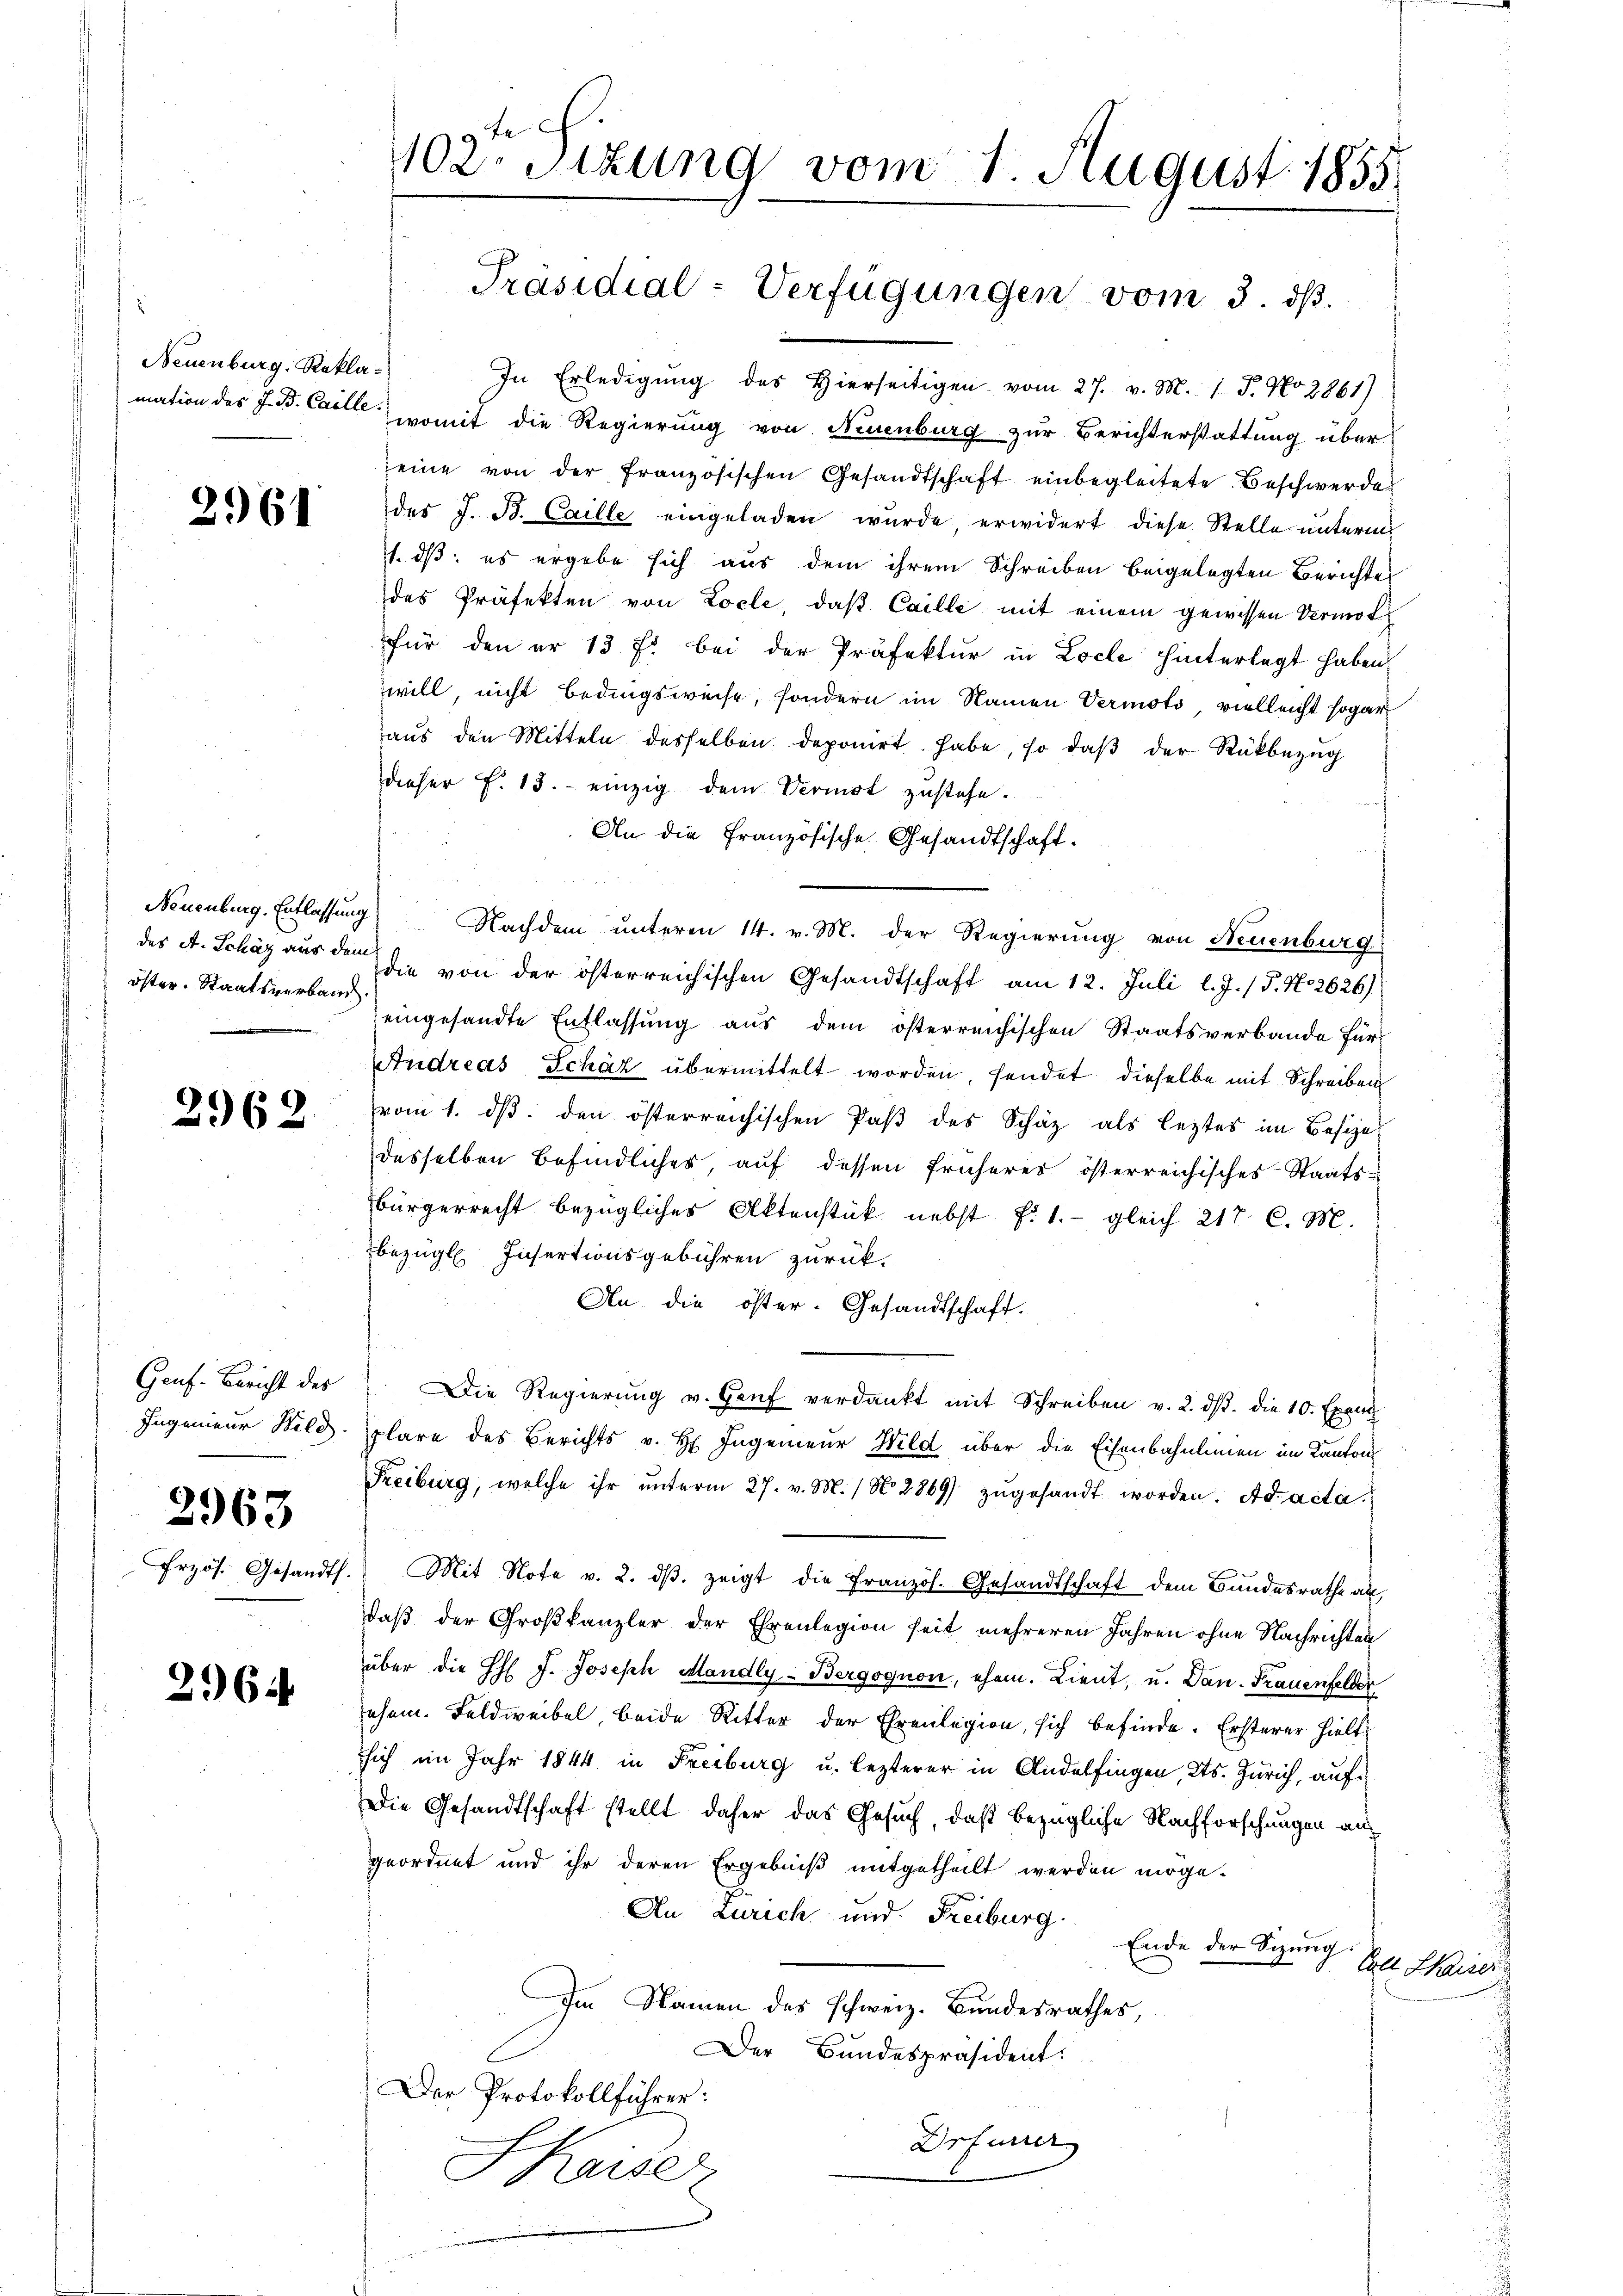
Neuenburg. Rekla¬

2961

öster. Staatsverband.

2962.

Genf. Bericht des
Ingenieur Bild.

Przös. Gesandts.

2963

2964

102. Sitzung vom 1. August 1855

Präsidial-Verfügungen vom 3. ds.

In Erledigŭng des Hierseitigen vom 27. v. M. 1. P. No 2861).
mation des J. B. Carl womit die Regierung von Neuenburg zur Berichterstattung über-
eine von der französischen Gesandtschaft einbegleitete Beschwerde
des J. B. Caille eingeladen wurde, erwidert diese Stelle unterm
1. dß es ergebe sich aus dem ihrem Schreiben beigelegten Berichtes
des Präfekten von Locle, daß Caille mit einem gewissen Vermögfür den er 13 f. bei der Präfektur in Locle hinterlegt haben
will, nicht bedingsweise, sondern im Namen Vermots, vielleicht sogar
aŭs den Mitteln desselben deponirt habe, so daβ der Rückbezug
dieser f. 13. einzig dem Vermot zustehe.
An die Französische Gesandtschaft.
Neuenburg. Entlassung Nachdem unteren 14. v. M. der Regierung von Neuenburg
des A. Schaz aus der die von der österreichischen Gesandtschaft am 12. Juli l. J. / 5. No 2626)
eingesandte Entlassung aus dem österreichischen Staatsverbande für
Andreas Schäz übermittelt worden, sendet dieselbe mit Schreiben
vom 1. ds. den österreichischen Paß des Schäz als leztes im Besizedesselben befindlicher, auf dessen früheres österreichisches Staatsbürgerrecht bezügliches Aktenstük nebst f. 1. gleich 217 C. M.
bezügl. Insertionsgebühren zurück.
An die öster. Gesandtschaft.
Die Regierŭng v. Genf verdankt mit Schreiben v. 2. dβ. die 10. Exem
plare des Berichts v. H. Ingenieur Wild über die Eisenbahnlinien im Kantons¬
Freiburg, welche ihr ŭnterm 27. v. M. / No. 2869) zŭgesandt worden. Ad acta
Mit Note v. 2. dβ zeigt die Französ. Gesandtschaft dem Bundesrathe an,
daß der Großkanzler der Ehrenlegion seit mehreren Jahren ohne Nachrichten
über die HH J. Joseph Mandly-Bergognon, ehem. Lient, u. Dan. Frauenfelder
ehen. Feldweibel, beide Ritter der Ehrenlegion, sich befinde. Ersterer hielt
sich im Jahr 1844 in Freiburg u. lezterer in Andelfingen, Kts. Zürich, auf¬
Die Gesandtschaft stellt daher das Gesuch, daß bezügliche Nachforschungen angeordnet und ihr deren Ergebniß mitgetheilt werden möge-
An Zürich und Freiburg
Ende der Sitzung
Talt. Skaiser
Im Namen des schweiz. Bundesrathes,
Der Bundespräsident:
Der Protokollführer:
Drfürrer
Shaiser